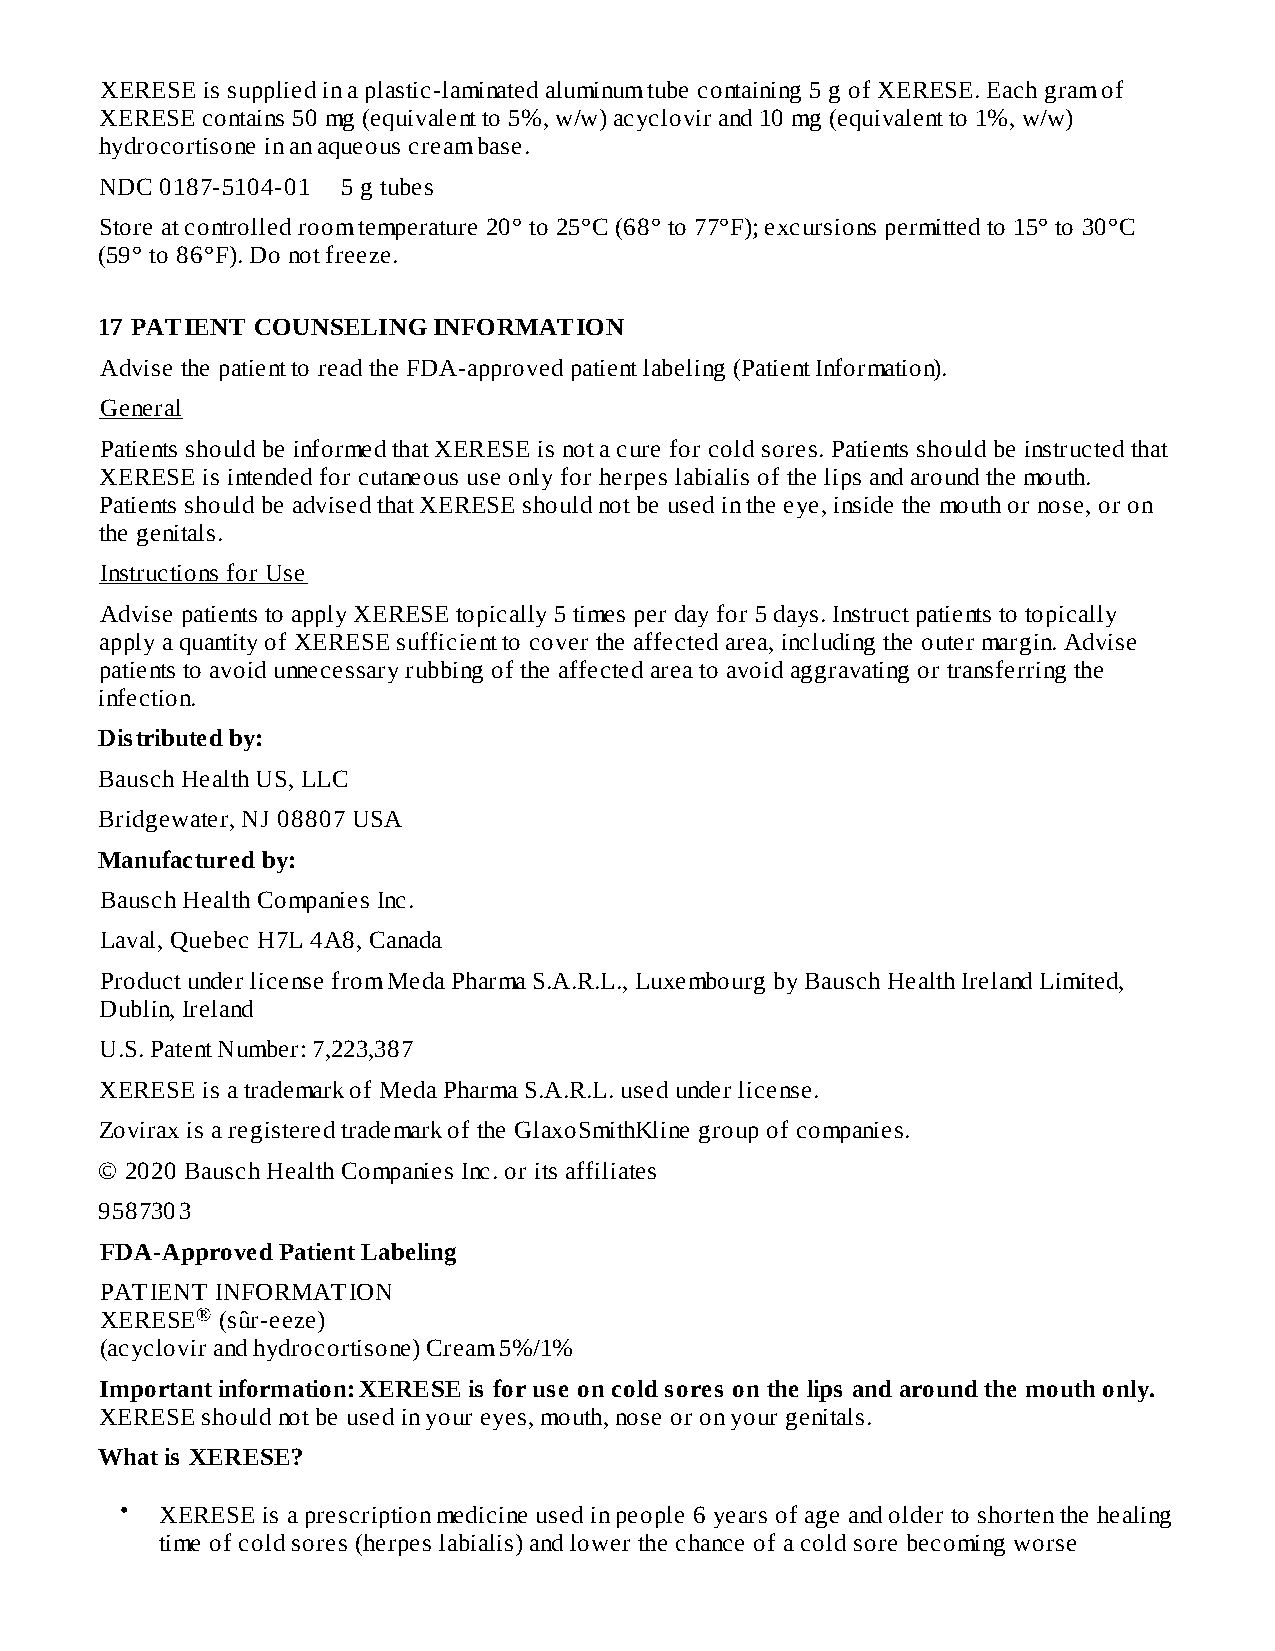
XERESE is supplied in a plastic-laminated aluminum tube containing 5 g of XERESE. Each gram of
 XERESE contains 50 mg (equivalent to 5%, w/w) acyclovir and 10 mg (equivalent to 1%, w/w)
 hydrocortisone in an aqueous cream base.
 NDC 0187-5104-01 5 g tubes
 Store at controlled room temperature 20° to 25°C (68° to 77°F); excursions permitted to 15° to 30°C
 (59° to 86°F). Do not freeze.
 17 PATIENT COUNSELING  INFORMATION
 Advise the patient to read the FDA-approved patient labeling (Patient Information).
 General
 Patients should be informed that XERESE is not a cure for cold sores. Patients should be instructed that
 XERESE is intended for cutaneous use only for herpes labialis of the lips and around the mouth.
 Patients should be advised that XERESE should not be used in the eye, inside the mouth or nose, or on
 the genitals.
 Instructions for Use
 Advise patients to apply XERESE topically 5 times per day for 5 days. Instruct patients to topically
 apply a quantity of XERESE sufficient to cover the affected area, including the outer margin. Advise
 patients to avoid unnecessary rubbing of the affected area to avoid aggravating or transferring the
 infection.
 Distributed by:
 Bausch Health US, LLC
 Bridgewater, NJ 08807 USA
 Manufactured by:
 Bausch Health Companies Inc.
 Laval, Quebec H7L 4A8, Canada
 Product under license from Meda Pharma S.A.R.L., Luxembourg by Bausch Health Ireland Limited,
 Dublin, Ireland
 U.S. Patent Number: 7,223,387
 XERESE is a trademark of Meda Pharma S.A.R.L. used under license.
 Zovirax is a registered trademark of the GlaxoSmithKline group of companies.
 © 2020 Bausch Health Companies Inc. or its affiliates
 9587303
 FDA-Approved Patient Labeling
 PATIENT INFORMATION
 XERESE® (sûr-eeze)
 (acyclovir and hydrocortisone) Cream 5%/1%
 Important information: XERESE is for use on cold sores on the lips and around the mouth only.
 XERESE should not be used in your eyes, mouth, nose or on your genitals.
 What is XERESE?
 •  XERESE is a prescription medicine used in people 6 years of age and older to shorten the healing
 time of cold sores (herpes labialis) and lower the chance of a cold sore becoming worse